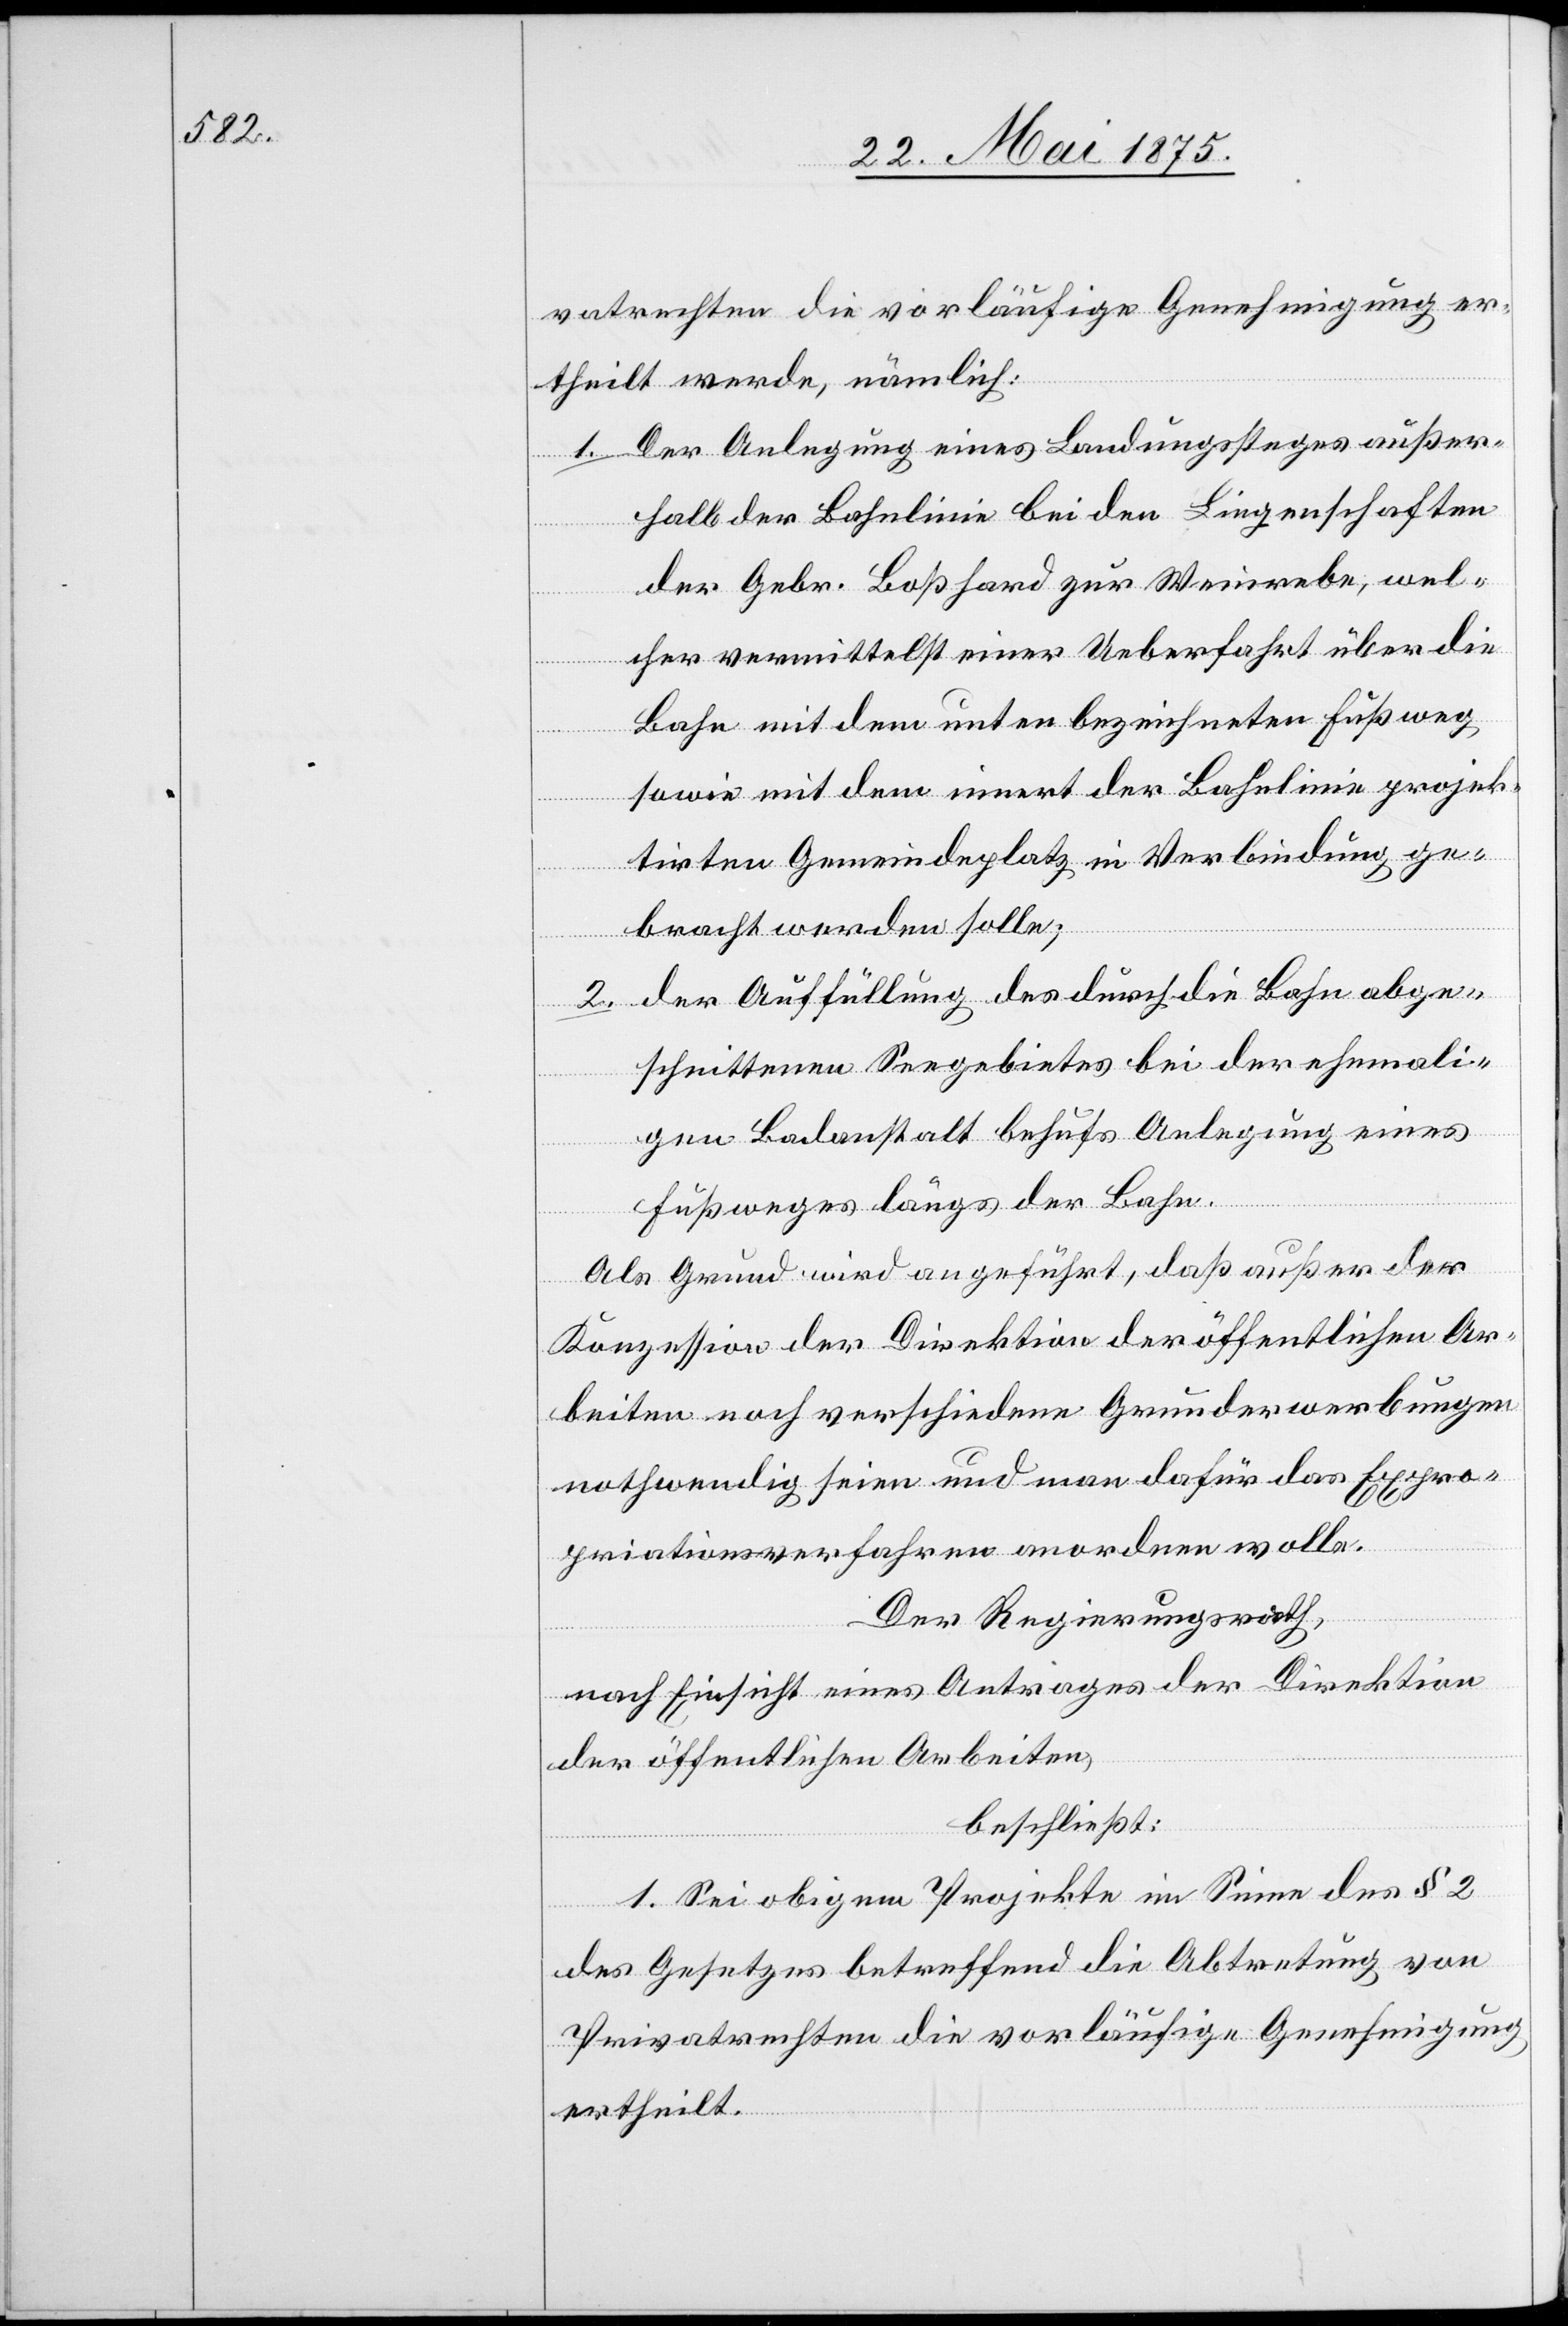
vatrechten die vorläufige Genehmigung er¬
theilt werde, nämlich:
Der Anlegung eines Landungssteges außer¬
1.
halb der Bahnlinie bei den Liegenschaften
der Gebr. Boßhard zur Weinrebe, wel¬
cher vermittlest einer Ueberfahrt über die
Bahn mit dem innert der Bahnlinie projek¬
tirten Gemeindeplatz in Verbindung ge¬
bracht werden solle,
2. der Auffüllung des durch die Bahn abge¬
schnittenen Seegebietes bei der ehemali¬
gen Badanstalt behufs Anlegung eines
Fußweges längs der Bahn.
Als Grund wird angeführt, daß außer der
Konzession der Direktion der öffentlichen Ar¬
beiten noch verschiedene Grunderwerbungen
nothwendig seien und man dafür das Expro¬
priationsverfahren anordnen wolle.
Der Regierungsrath,
nach Einsicht eines Antrages der Direktion
der öffentlichen Arbeiten,
beschließt:
1. Sei obigem Projekte im Sinne des § 2
des Gesetzes betreffend die Abtretung von
Privatrechten die vorläufige Genehmigung
ertheilt.